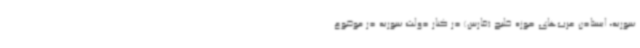
سوریه، ایستادن عرب‌های حوزه خلیج (فارس) در کنار دولت سوریه در موضوع